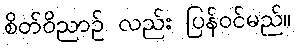
စိတ်ဝိညာဉ် လည်း ပြန်ဝင်မည်။